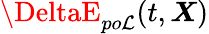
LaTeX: \DeltaE_{po\mathcal{L}}(t,\boldsymbol{X})